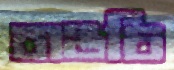
বাঙচি